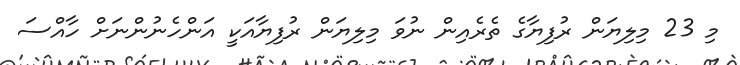
މި 23 މިލިޔަން ރުފިޔާގެ ތެރެއިން ނުވަ މިލިޔަން ރުފިޔާއަކީ އަންހެނުންނަށް ހާއްސަ